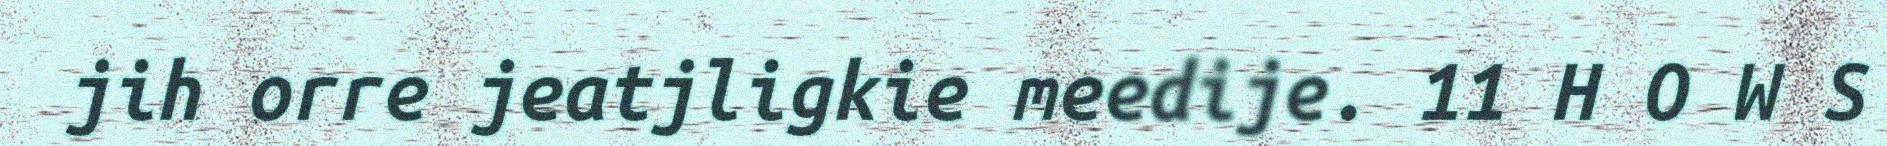
jih orre jeatjligkie meedije. 11 H O W S